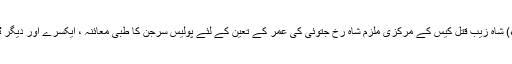
21جنوری 2013ء) شاہ زیب قتل کیس کے مرکزی ملزم شاہ رخ جتوئی کی عمر کے تعین کے لئے پولیس سرجن کا طبی معائنہ ، ایکسرے اور دیگر ٹیسٹ کرا لئے گئے۔